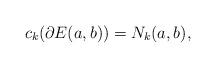
LaTeX: \begin{align*}c_k(\partial E(a,b)) = N_k(a,b),\end{align*}